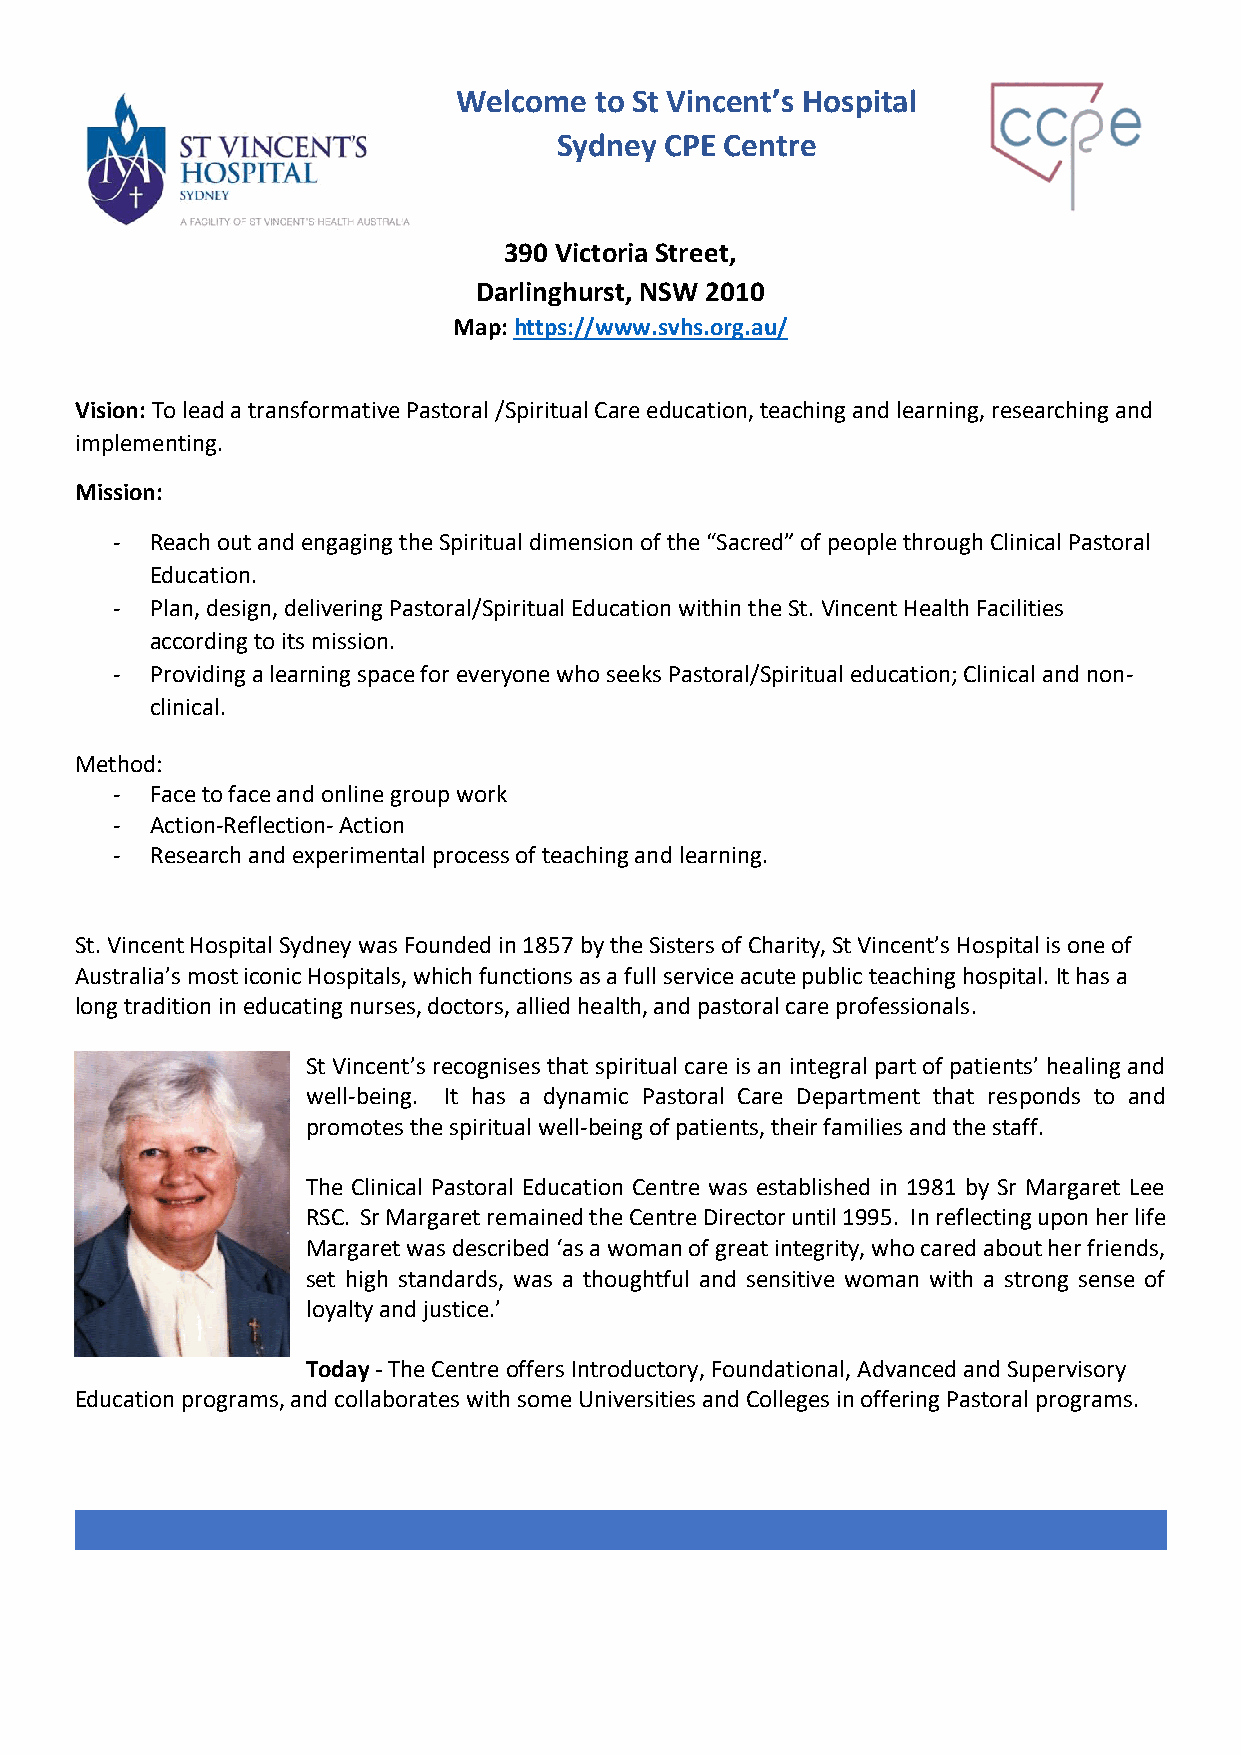
Welcome  to St Vincent’s Hospital
 Sydney CPE Centre
 390 Victoria Street,
 Darlinghurst, NSW 2010
 Map: https://www.svhs.org.au/
 Vision: To lead a transformative Pastoral /Spiritual Care education, teaching and learning, researching and
 implementing.
 Mission:
 -  Reach out and engaging the Spiritual dimension of the “Sacred” of people through Clinical Pastoral
 Education.
 -  Plan, design, delivering Pastoral/Spiritual Education within the St. Vincent Health Facilities
 according to its mission.
 -  Providing a learning space for everyone who seeks Pastoral/Spiritual education; Clinical and non-
 clinical.
 Method:
 -  Face to face and online group work
 -  Action-Reflection- Action
 -  Research and experimental process of teaching and learning.
 St. Vincent Hospital Sydney was Founded in 1857 by the Sisters of Charity, St Vincent’s Hospital is one of
 Australia’s most iconic Hospitals, which functions as a full service acute public teaching hospital. It has a
 long tradition in educating nurses, doctors, allied health, and pastoral care professionals.
 St Vincent’s recognises that spiritual care is an integral part of patients’ healing and
 well-being. It has a dynamic Pastoral Care Department that responds to and
 promotes the spiritual well-being of patients, their families and the staff.
 The Clinical Pastoral Education Centre was established in 1981 by Sr Margaret Lee
 RSC. Sr Margaret remained the Centre Director until 1995. In reflecting upon her life
 Margaret was described ‘as a woman of great integrity, who cared about her friends,
 set high standards, was a thoughtful and sensitive woman with a strong sense of
 loyalty and justice.’
 Today - The Centre offers Introductory, Foundational, Advanced and Supervisory
 Education programs, and collaborates with some Universities and Colleges in offering Pastoral programs.